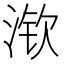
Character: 𱧚